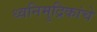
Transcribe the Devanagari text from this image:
ध्वनिमुद्रिकांचे